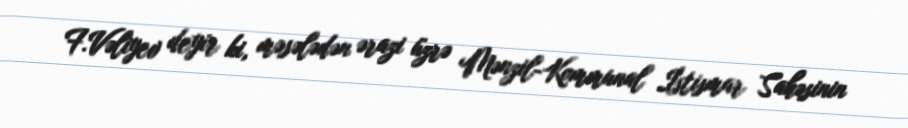
F.Vəliyev deyir ki, məsələdən ərazi üzrə Mənzil-Kommunal İstismar Sahəsinin